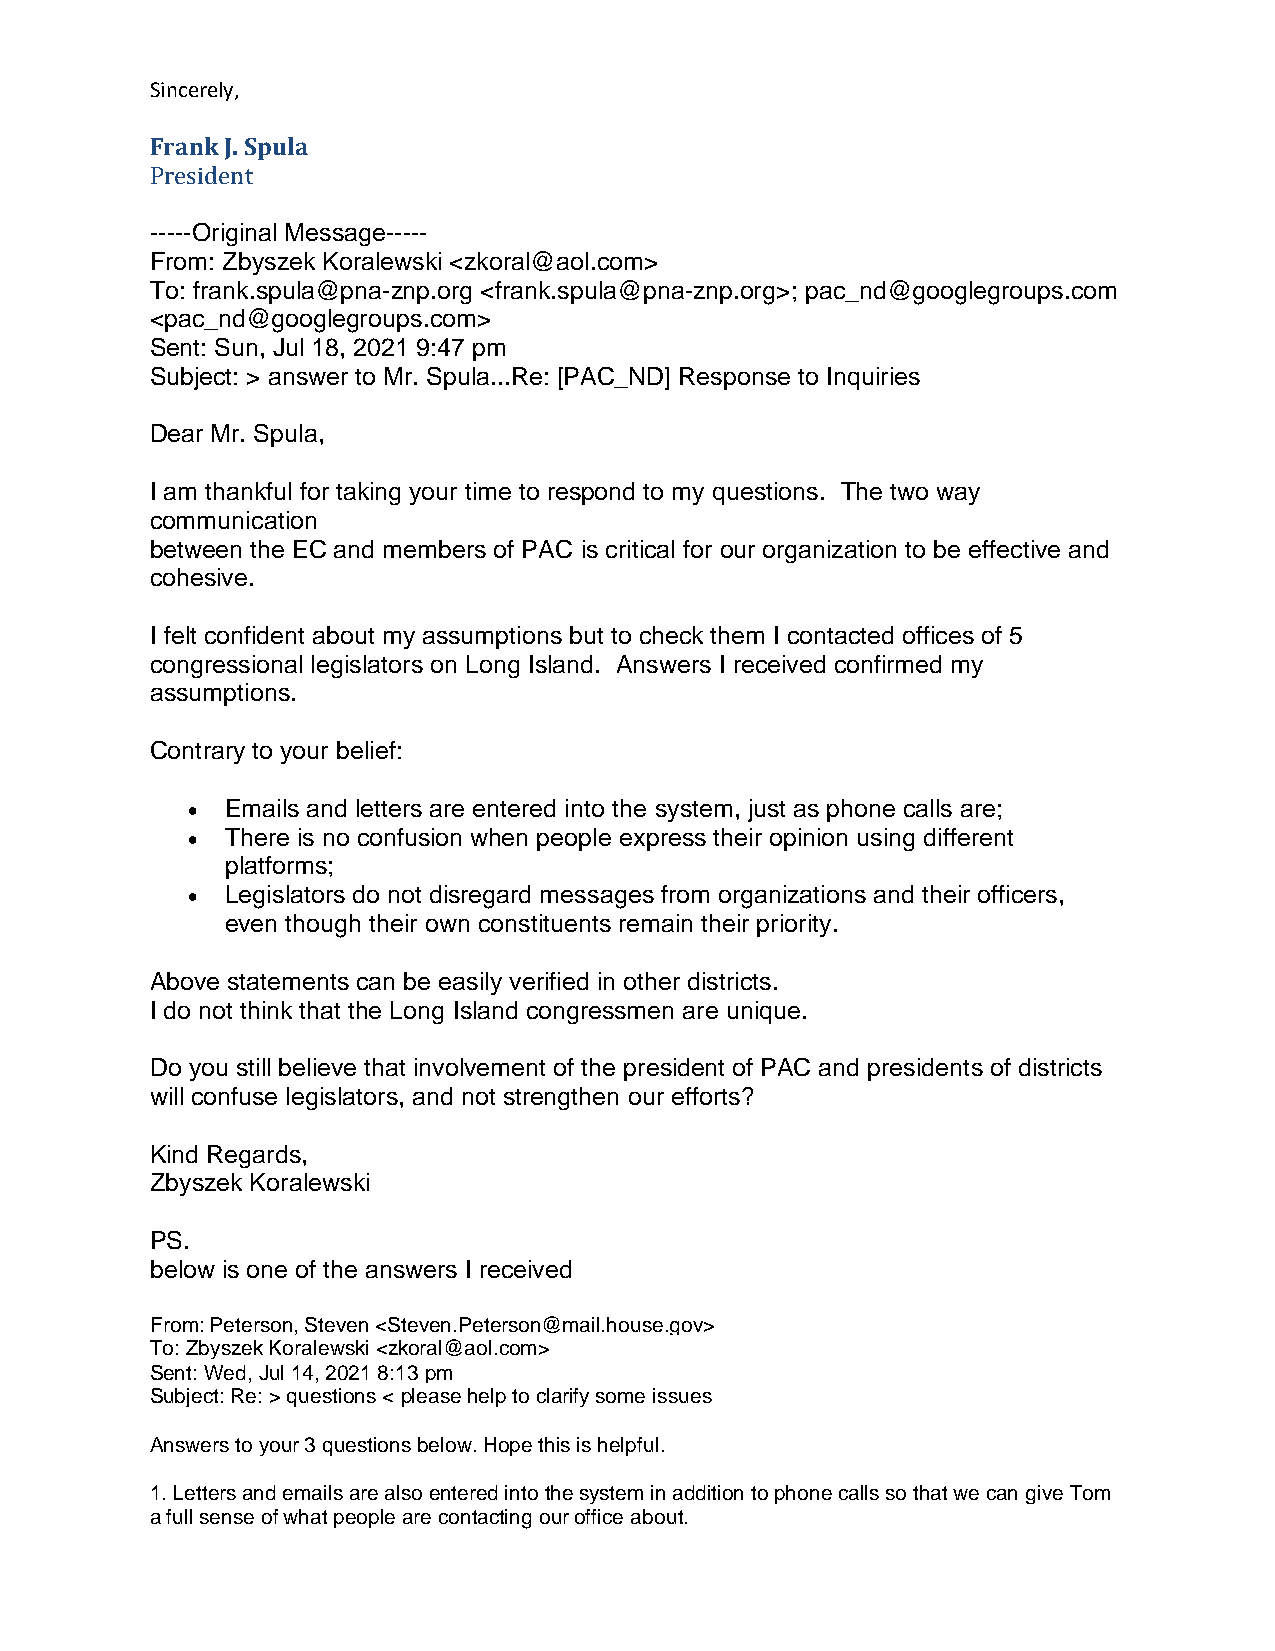
Sincerely,
 Frank J. Spula
 President
 -----Original Message-----
 From: Zbyszek Koralewski <zkoral@aol.com>
 To: frank.spula@pna-znp.org <frank.spula@pna-znp.org>; pac_nd@googlegroups.com
 <pac_nd@googlegroups.com>
 Sent: Sun, Jul 18, 2021 9:47 pm
 Subject: > answer to Mr. Spula...Re: [PAC_ND] Response to Inquiries
 Dear Mr. Spula,
 I am thankful for taking your time to respond to my questions. The two way
 communication
 between the EC and members of PAC is critical for our organization to be effective and
 cohesive.
 I felt confident about my assumptions but to check them I contacted offices of 5
 congressional legislators on Long Island. Answers I received confirmed my
 assumptions.
 Contrary to your belief:
 •  Emails and letters are entered into the system, just as phone calls are;
 •  There is no confusion when people express their opinion using different
 platforms;
 •  Legislators do not disregard messages from organizations and their officers,
 even though their own constituents remain their priority.
 Above statements can be easily verified in other districts.
 I do not think that the Long Island congressmen are unique.
 Do you still believe that involvement of the president of PAC and presidents of districts
 will confuse legislators, and not strengthen our efforts?
 Kind Regards,
 Zbyszek Koralewski
 PS.
 below is one of the answers I received
 From: Peterson, Steven <Steven.Peterson@mail.house.gov>
 To: Zbyszek Koralewski <zkoral@aol.com>
 Sent: Wed, Jul 14, 2021 8:13 pm
 Subject: Re: > questions < please help to clarify some issues
 Answers to your 3 questions below. Hope this is helpful.
 1. Letters and emails are also entered into the system in addition to phone calls so that we can give Tom
 a full sense of what people are contacting our office about.